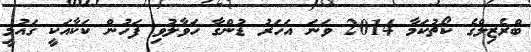
ބްރެޒިލްގެ ކޯޗުކަމާ 2014 ވަނަ އަހަރު ޑުންގާ ހަވާލުވި ފަހުން ކަކާއަކީ ގައުމީ